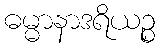
ဓမ္မာနာဒရိယဉ္စ